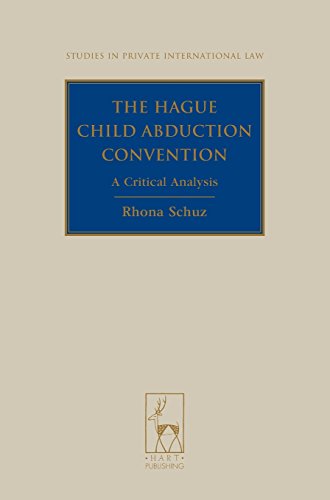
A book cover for The Hague Child Abduction Convention: A Critical Analysis (Studies in Private International Law); Rhona Schuz; Law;